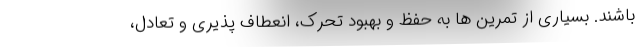
باشند. بسیاری از تمرین ها به حفظ و بهبود تحرک، انعطاف پذیری و تعادل،